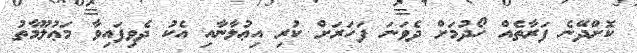
ކޮށްދޭނެ ފަރާތެއް ހޯދުމަށް ދެވަނަ ފަހަރަށް ކުރި އިޢުލާނާއި އެކު ދެވިފައިވާ މަޢުލޫމާތު